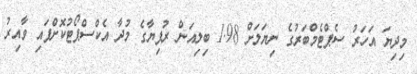
މިދިޔަ އަހަރު ސެޕްޓެމްބަރުގެ ނިޔަލަށް 1.98 ބިލިއަން ރުފިޔާގެ މުދާ އެކްސްޕޯޓުކޮށްފައި ވާއިރު